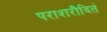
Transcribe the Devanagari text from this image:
पराशरौदितं